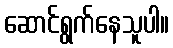
ဆောင်ရွက်နေသူပါ။